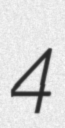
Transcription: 4